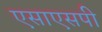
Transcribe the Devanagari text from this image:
एसाएसपी